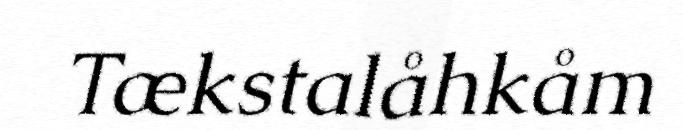
Tækstalåhkåm